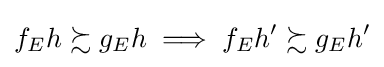
f_{E}h\succsim g_{E}h\implies f_{E}h'\succsim g_{E}h'